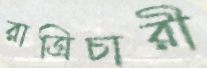
রাত্রিচারী